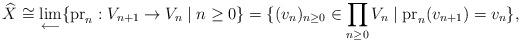
LaTeX: \begin{align*} \widehat X \cong \lim_{\longleftarrow}\{{\rm pr}_n: V_{n+1} \to V_n \mid n\geq 0 \} = \{(v_n)_{n\geq 0} \in \prod_{n \geq 0} V_n \mid {\rm pr}_n(v_{n+1}) = v_n\}, \end{align*}